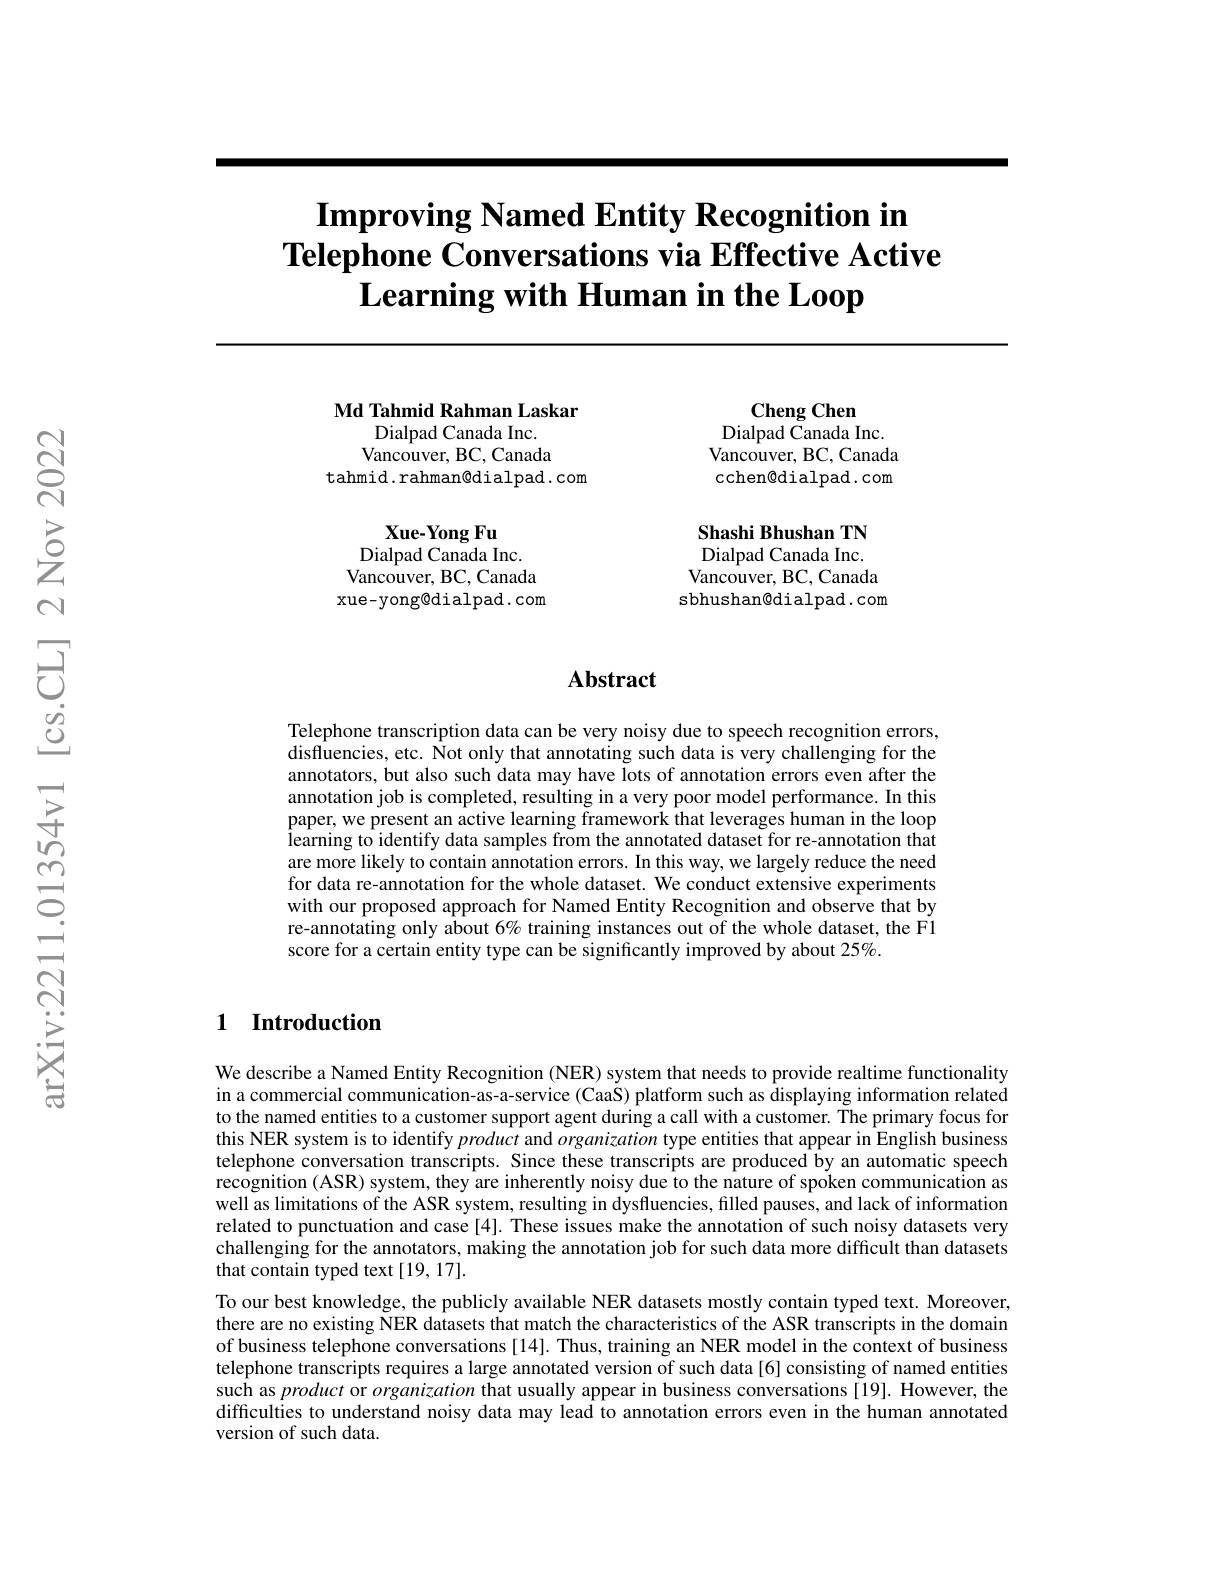
# $\textbf{Improving Named Entity Recognition in}$ Telephone Conversations via Effective Active $\textbf{Learning with Human in the Loop}$

Md Tahmid Rahman Laskar
Dialpad Canada Inc. $\bar{\mathrm{Vancouver,BC,Canada}}$
tahmid.rahman@dialpad.com

Xue-Yong Fu
Dialpad Canada Inc. $\bar{\mathrm{Vancouver,~BC,~Canada}}$ xue-yong@dialpad.com

Cheng Chen
Dialpad Canada Inc. Vancouver, BC, Canada cchen@dialpad.com

Shashi Bhushan TN Dialpad Canada Inc.

$\bar{\mathrm{Vancouver,~BC,~Canada}}$ sbhushan@dialpad.com

## Abstract

Telephone transcription data can be very noisy due to speech recognition errors, disfluencies, etc. Not only that annotating such data is very challenging for the annotators, but also such data may have lots of annotation errors even after the annotation job is completed, resulting in a very poor model performance. In this paper, we present an active learning framework that leverages human in the loop learning to identify data samples from the annotated dataset for re-annotation that are more likely to contain annotation errors. In this way, we largely reduce the need for data re-annotation for the whole dataset. We conduct extensive experiments with our proposed approach for Named Entity Recognition and observe that by re-annotating only about $6\%$ training instances out of the whole dataset, the F1 score for a certain entity type can be significantly improved by about 25%.

## 1 Introduction

We describe a Named Entity Recognition (NER) system that needs to provide realtime functionality in a commercial communication-as-a-service (CaaS) platform such as displaying information related to the named entities to a customer support agent during a call with a customer. The primary focus for this NER system is to identify product and organization type entities that appear in English business telephone conversation transcripts. Since these transcripts are produced by an automatic speech recognition (ASR) system, they are inherently noisy due to the nature of spoken communication as well as limitations of the ASR system, resulting in dysfluencies, filled pauses, and lack of information related to punctuation and case [4]. These issues make the annotation of such noisy datasets very challenging for the annotators, making the annotation job for such data more difficult than datasets that contain typed text [19, 17].
To our best knowledge, the publicly available NER datasets mostly contain typed text. Moreover, there are no existing ÑER datasets that match the characteristics of the ASR transcripts in the domain of business telephone conversations [14]. Thus, training an NER model in the context of business telephone transcripts requires a large annotated version of such data[6] consisting of named entities such as product or organization that usually appear in business conversations [19]. However, the difficulties to understand noisy data may lead to annotation errors even in the human annotated version of such data.